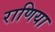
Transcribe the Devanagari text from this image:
राणिया